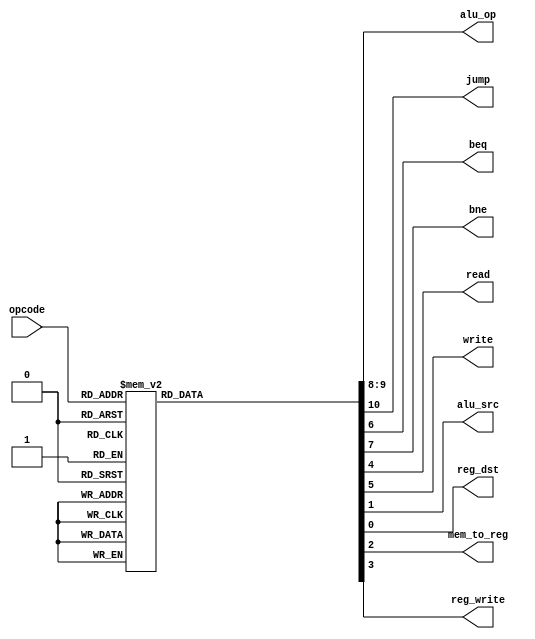
module ctrl_unit(
      input[3:0] opcode,
      output reg[1:0] alu_op,
      output reg jump,beq,bne,read,write,alu_src,reg_dst,mem_to_reg,reg_write    
    );


always @(*)
begin
 case(opcode) 
 4'b0000: 
   begin
    reg_dst = 1'b0;
    alu_src = 1'b1;
    mem_to_reg = 1'b1;
    reg_write = 1'b1;
    read = 1'b1;
    write = 1'b0;
    beq = 1'b0;
    bne = 1'b0;
    alu_op = 2'b10;
    jump = 1'b0;   
   end
 4'b0001: 
   begin
    reg_dst = 1'b0;
    alu_src = 1'b1;
    mem_to_reg = 1'b0;
    reg_write = 1'b0;
    read = 1'b0;
    write = 1'b1;
    beq = 1'b0;
    bne = 1'b0;
    alu_op = 2'b10;
    jump = 1'b0;   
   end
 4'b0010:  
   begin
    reg_dst = 1'b1;
    alu_src = 1'b0;
    mem_to_reg = 1'b0;
    reg_write = 1'b1;
    read = 1'b0;
    write = 1'b0;
    beq = 1'b0;
    bne = 1'b0;
    alu_op = 2'b00;
    jump = 1'b0;   
   end
 4'b0011: 
   begin
    reg_dst = 1'b1;
    alu_src = 1'b0;
    mem_to_reg = 1'b0;
    reg_write = 1'b1;
    read = 1'b0;
    write = 1'b0;
    beq = 1'b0;
    bne = 1'b0;
    alu_op = 2'b00;
    jump = 1'b0;   
   end
 4'b0100: 
   begin
    reg_dst = 1'b1;
    alu_src = 1'b0;
    mem_to_reg = 1'b0;
    reg_write = 1'b1;
    read = 1'b0;
    write = 1'b0;
    beq = 1'b0;
    bne = 1'b0;
    alu_op = 2'b00;
    jump = 1'b0;   
   end
 4'b0101: 
   begin
    reg_dst = 1'b1;
    alu_src = 1'b0;
    mem_to_reg = 1'b0;
    reg_write = 1'b1;
    read = 1'b0;
    write = 1'b0;
    beq = 1'b0;
    bne = 1'b0;
    alu_op = 2'b00;
    jump = 1'b0;   
   end
 4'b0110:
   begin
    reg_dst = 1'b1;
    alu_src = 1'b0;
    mem_to_reg = 1'b0;
    reg_write = 1'b1;
    read = 1'b0;
    write = 1'b0;
    beq = 1'b0;
    bne = 1'b0;
    alu_op = 2'b00;
    jump = 1'b0;   
   end
 4'b0111: 
   begin
    reg_dst = 1'b1;
    alu_src = 1'b0;
    mem_to_reg = 1'b0;
    reg_write = 1'b1;
    read = 1'b0;
    write = 1'b0;
    beq = 1'b0;
    bne = 1'b0;
    alu_op = 2'b00;
    jump = 1'b0;   
   end
 4'b1000:
   begin
    reg_dst = 1'b1;
    alu_src = 1'b0;
    mem_to_reg = 1'b0;
    reg_write = 1'b1;
    read = 1'b0;
    write = 1'b0;
    beq = 1'b0;
    bne = 1'b0;
    alu_op = 2'b00;
    jump = 1'b0;   
   end
 4'b1001:
   begin
    reg_dst = 1'b1;
    alu_src = 1'b0;
    mem_to_reg = 1'b0;
    reg_write = 1'b1;
    read = 1'b0;
    write = 1'b0;
    beq = 1'b0;
    bne = 1'b0;
    alu_op = 2'b00;
    jump = 1'b0;   
   end
 4'b1011: 
   begin
    reg_dst = 1'b0;
    alu_src = 1'b0;
    mem_to_reg = 1'b0;
    reg_write = 1'b0;
    read = 1'b0;
    write = 1'b0;
    beq = 1'b1;
    bne = 1'b0;
    alu_op = 2'b01;
    jump = 1'b0;   
   end
 4'b1100: 
   begin
    reg_dst = 1'b0;
    alu_src = 1'b0;
    mem_to_reg = 1'b0;
    reg_write = 1'b0;
    read = 1'b0;
    write = 1'b0;
    beq = 1'b0;
    bne = 1'b1;
    alu_op = 2'b01;
    jump = 1'b0;   
   end
 4'b1101:
   begin
    reg_dst = 1'b0;
    alu_src = 1'b0;
    mem_to_reg = 1'b0;
    reg_write = 1'b0;
    read = 1'b0;
    write = 1'b0;
    beq = 1'b0;
    bne = 1'b0;
    alu_op = 2'b00;
    jump = 1'b1;   
   end   
 default: begin
    reg_dst = 1'b1;
    alu_src = 1'b0;
    mem_to_reg = 1'b0;
    reg_write = 1'b1;
    read = 1'b0;
    write = 1'b0;
    beq = 1'b0;
    bne = 1'b0;
    alu_op = 2'b00;
    jump = 1'b0; 
   end
 endcase
 end

endmodule